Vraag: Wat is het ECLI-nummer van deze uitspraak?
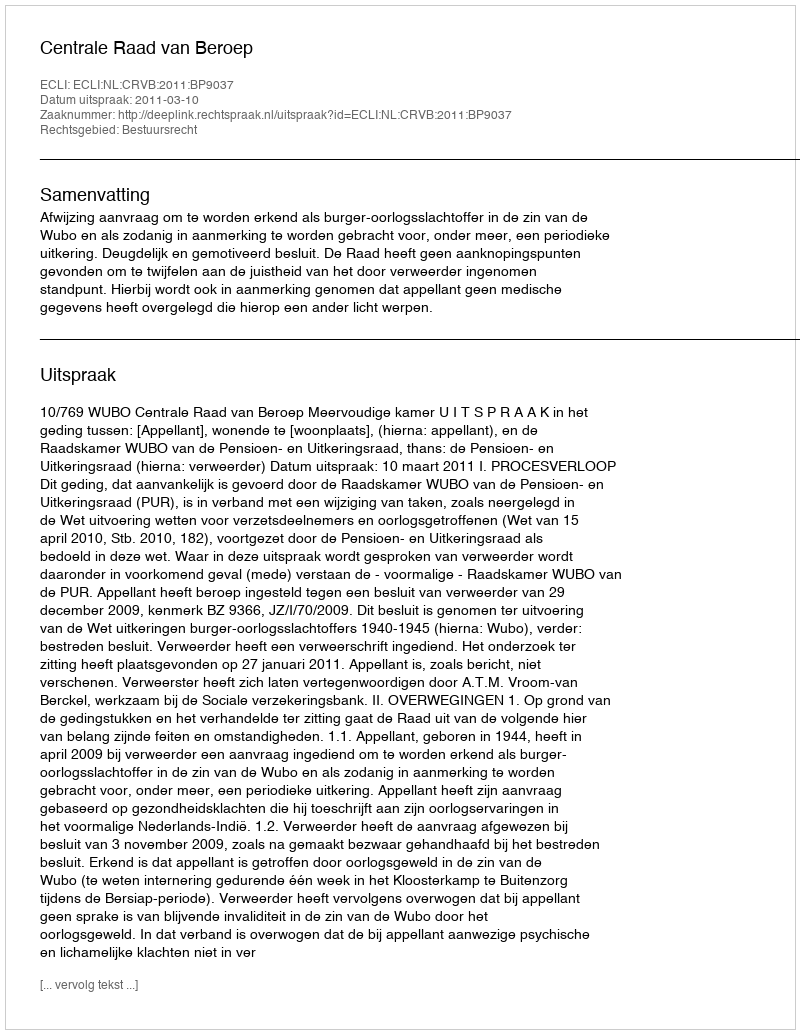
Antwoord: ECLI:NL:CRVB:2011:BP9037